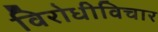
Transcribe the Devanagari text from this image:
विरोधीविचार